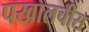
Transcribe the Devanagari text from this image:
पखालचीस